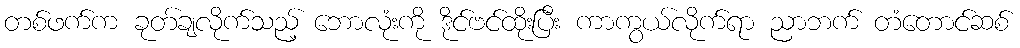
တစ်ဖက်က ခုတ်ချလိုက်သည့် ဘောလုံးကို ဒိုင်ဗင်ထိုးပြီး ကာကွယ်လိုက်ရာ ညာဘက် တံတောင်ဆစ်